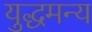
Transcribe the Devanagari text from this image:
युद्धमन्य